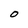
Character: 0